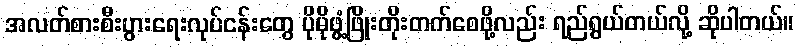
အလတ်စားစီးပွားရေးလုပ်ငန်းတွေ ပိုမိုဖွံ့ဖြိုးတိုးတက်စေဖို့လည်း ရည်ရွယ်တယ်လို့ ဆိုပါတယ်။